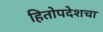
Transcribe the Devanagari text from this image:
हितोपदेशचा